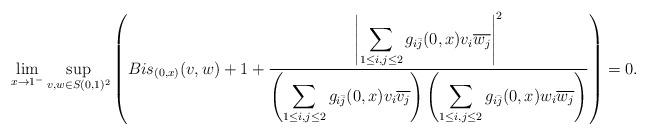
LaTeX: \begin{align*} \lim_{x \to 1^-} \sup_{v,w\in S(0,1)^2} \left(Bis_{(0,x)}(v,w)+1+\frac{\left\lvert \displaystyle \sum_{1\leq i,j\leq 2} g_{i\bar{j}}(0,x)v_i\overline{w_j}\right\rvert^2}{\left( \displaystyle \sum_{1\leq i,j\leq 2} g_{i\bar{j}}(0,x)v_i\overline{v_j}\right)\left( \displaystyle \sum_{1\leq i,j\leq 2} g_{i\bar{j}}(0,x)w_i\overline{w_j}\right)}\right)=0.\end{align*}